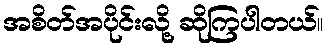
အစိတ်အပိုင်းလို့ ဆိုကြပါတယ်။